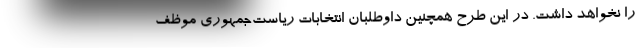
را نخواهد داشت. در این طرح همچنین داوطلبان انتخابات ریاست‌جمهوری موظف